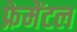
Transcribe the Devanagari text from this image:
फ्रेमेंटल